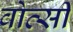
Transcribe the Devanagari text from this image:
वोत्सी